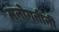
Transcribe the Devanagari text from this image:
मनोगतींनी